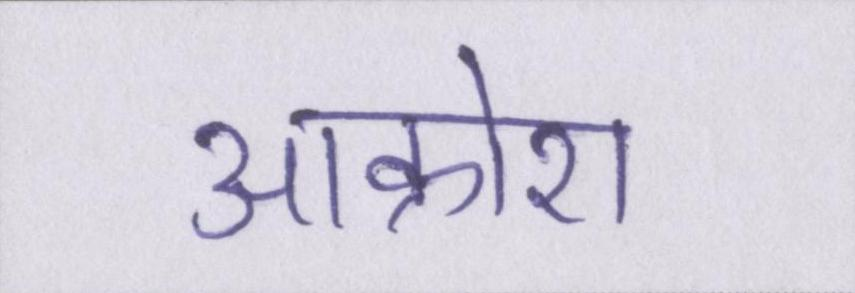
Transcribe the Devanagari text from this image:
आक्रोश